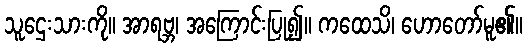
သူဌေးသားကို။ အာရဗ္ဘ၊ အကြောင်းပြု၍။ ကထေသိ၊ ဟောတော်မူ၏။